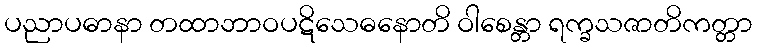
ပညာပဓာနာ တထာဘာဝပဋိသေဓနောတိ ဝါစေန္တာ ရက္ခသဇာတိကတ္တာ